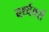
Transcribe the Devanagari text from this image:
बर्थ्वर्क्स